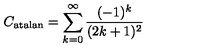
C _ { \mathrm { a t a l a n } } = \sum _ { k = 0 } ^ { \infty } \frac { ( - 1 ) ^ { k } } { ( 2 k + 1 ) ^ { 2 } }